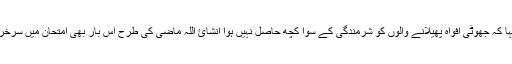
انہوں نے کہا کہ جھوٹی افواہ پھیلانے والوں کو شرمندگی کے سوا کچھ حاصل نہیں ہوا انشائ اللہ ماضی کی طرح اس بار بھی امتحان میں سرخرو ہوں گے۔